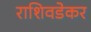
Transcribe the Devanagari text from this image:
राशिवडेकर